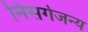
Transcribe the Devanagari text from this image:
निसर्गजन्य